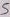
Text: 5